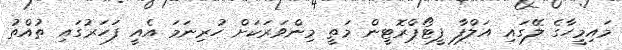
މައިމީހާގެ ލޭގައި އަލްފާ ފީޓޯޕްރޮޓީން މަތީ މިންވަރަކަށް ހުރިނަމަ އެއީ ފަހަރުގައި ތުއްތު